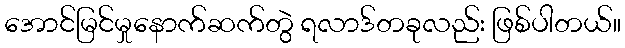
အောင်မြင်မှုနောက်ဆက်တွဲ ရလာဒ်တခုလည်း ဖြစ်ပါတယ်။